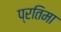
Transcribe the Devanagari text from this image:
प्रतिमा